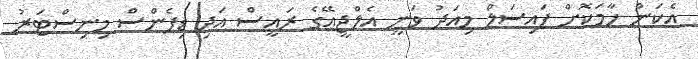
އެކަން ހާމަކޮށް ފައިސަލް މިއަދު ވަނީ އެލްޖީއޭގެ ރައީސް އަދި ޑިފެންސް މިނިސްޓަރު